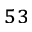
^ { 5 3 }